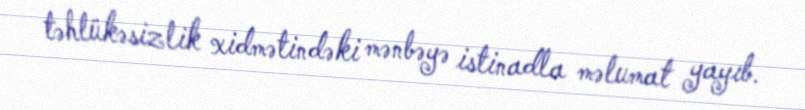
təhlükəsizlik xidmətindəki mənbəyə istinadla məlumat yayıb.